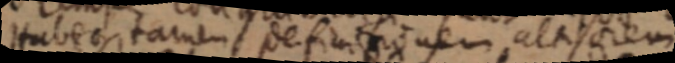
Habeo tamen definitionem altiorem